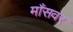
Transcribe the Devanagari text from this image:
माँसवर